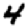
Digit: 4